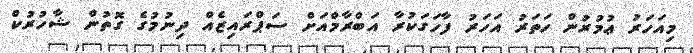
މިއަހަރު ޢުމުރުން ހަތަރު އަހަރު ފާހަގަކުރާ އަބްރާމްއަށް ސަޕްރައިޒެއް ދިނުމުގެ ގޮތުން ޝާހުރުކް